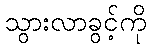
သွားလာခွင့်ကို